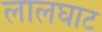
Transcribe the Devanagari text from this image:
लालघाट